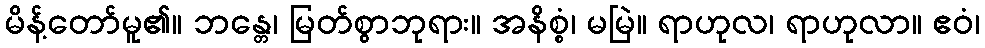
မိန့်တော်မူ၏။ ဘန္တေ၊ မြတ်စွာဘုရား။ အနိစ္စံ၊ မမြဲ။ ရာဟုလ၊ ရာဟုလာ။ ဧဝံ၊